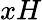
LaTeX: xH